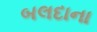
બલદાના